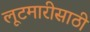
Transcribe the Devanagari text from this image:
लूटमारीसाठी